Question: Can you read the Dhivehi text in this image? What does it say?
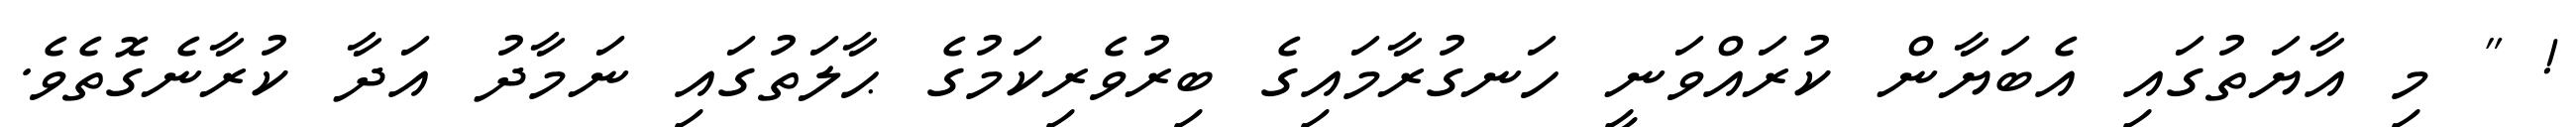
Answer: ! " މި އާޔަތުގައި އެބަޔާން ކުރައްވަނީ ހަނގުރާމައިގެ ބިރުވެރިކަމުގެ ޙާލަތުގައި ނަމާދު އަދާ ކުރާނެގޮތެވެ.